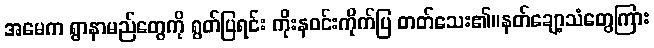
အမေက ရွာနာမည်တွေကို ရွတ်ပြရင်း ကိုးနဝင်းကိုက်ပြ တတ်သေး၏။နတ်ချော့သံတွေကြား